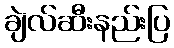
ချဲလ်ဆီးနည်းပြ